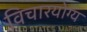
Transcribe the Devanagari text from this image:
विचारयोग्य